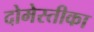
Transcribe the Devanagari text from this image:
दोमेस्तीका